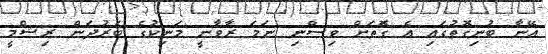
އޭނާ ބުނިގޮތުގައި އެ ގޮތަށް ވިސްނި ނަމަ ރާވާނީ މަނިކުގެ ބަރުދަން ރިޝްމީ